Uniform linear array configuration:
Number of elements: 32
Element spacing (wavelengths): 1
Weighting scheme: hann
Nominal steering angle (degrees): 30
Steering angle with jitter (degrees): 30.211
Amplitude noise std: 0.05
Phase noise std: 0.05

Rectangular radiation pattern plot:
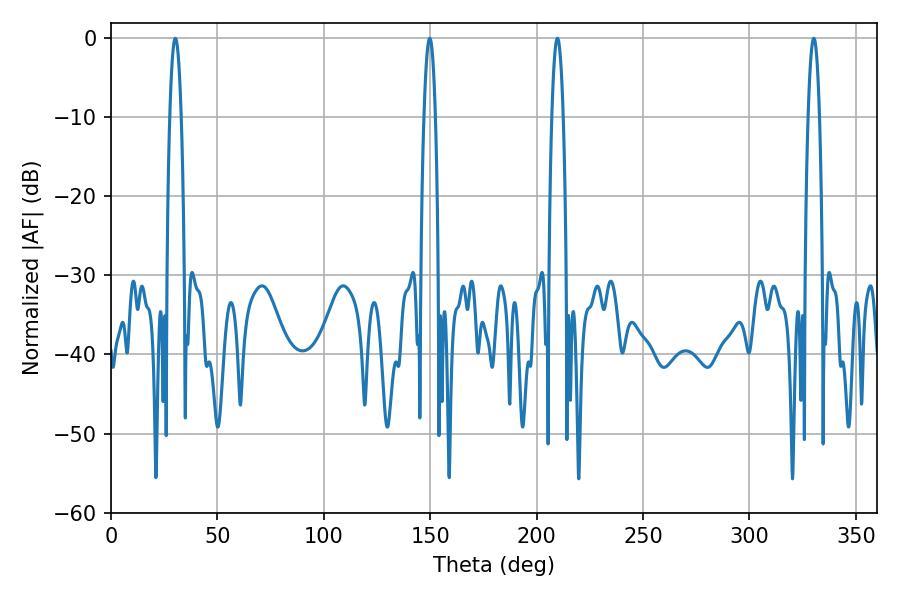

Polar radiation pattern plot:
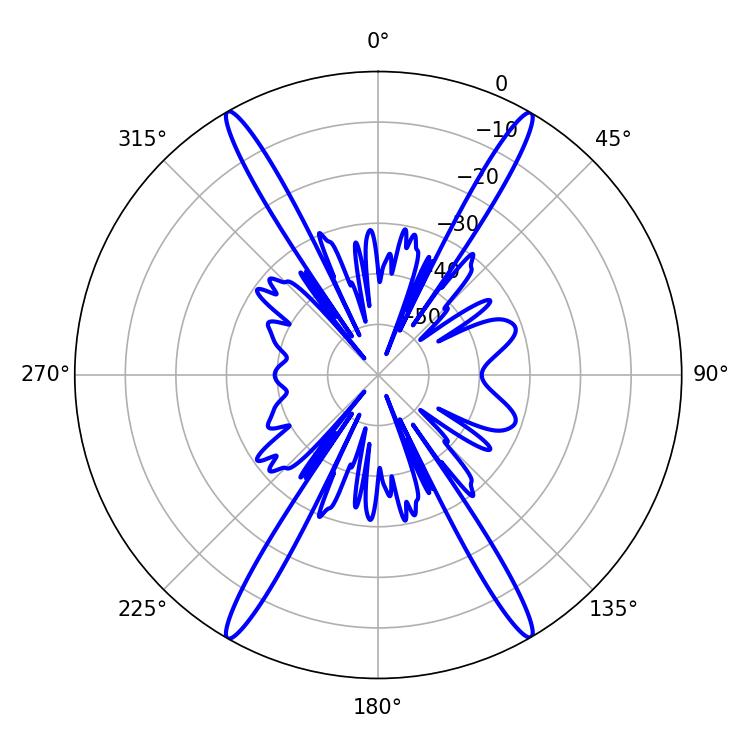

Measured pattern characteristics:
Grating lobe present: TRUE
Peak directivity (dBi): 32.115
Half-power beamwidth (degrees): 2.88
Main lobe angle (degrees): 30.24